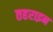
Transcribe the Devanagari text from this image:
तहराइन